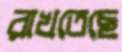
রাখতেছে